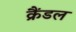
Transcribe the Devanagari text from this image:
क्रैंडल